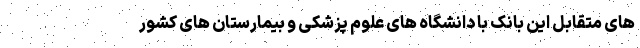
های متقابل این بانک با دانشگاه های علوم پزشکی و بیمارستان های کشور